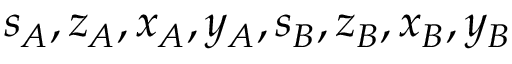
s _ { A } , z _ { A } , x _ { A } , y _ { A } , s _ { B } , z _ { B } , x _ { B } , y _ { B }